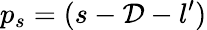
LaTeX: p_{s}=(s-\mathcal{D}-l^{\prime})